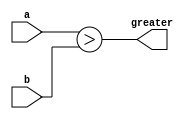
/***********************************************
Module Name:   Greater_Always
Feature:       4 bits numbers greater comparison
Coder:         Garfield
Organization:  XXXX Group, Department of Architecture
------------------------------------------------------
Input ports:   a, b, 4 bits, operent
Output Ports:  greater, 1 bit, ">"
------------------------------------------------------
History:
12-17-2015: First Version by Garfield
12-17-2015: First verified by Greater_Always_test  ISE/Modelsim
***********************************************/

module greater_always
  ( 
    input[3:0] a, b,
    output reg greater
  );

//Definition for Variables in the module


//Load other module(s)

//Logical
always @(*)
begin
    greater <= (a > b);
end

endmodule